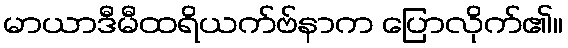
မာယာဒီမီထရိယက်ဗ်နာက ပြောလိုက်၏။